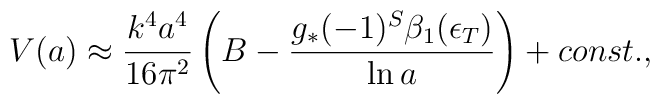
{V}(a) \approx {k^4 a^4\over 16\pi^2}\left(B -  {g_*(-1)^{S}\beta_1(\epsilon_T) \over \ln a}\right) + const.,